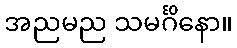
အညမည သမင်္ဂိနော။